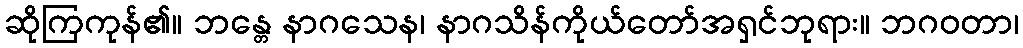
ဆိုကြကုန်၏။ ဘန္တေ နာဂသေန၊ နာဂသိန်ကိုယ်တော်အရှင်ဘုရား။ ဘဂဝတာ၊